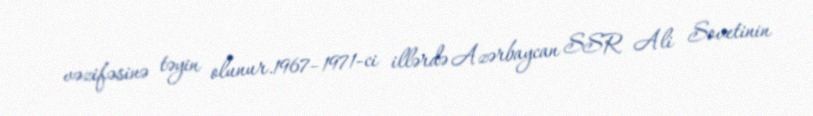
vəzifəsinə təyin olunur.1967–1971-ci illərdə Azərbaycan SSR Ali Sovetinin